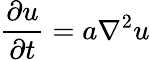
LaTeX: {\frac{\partial u}{\partial t}}=a\nabla^{2}u